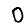
Digit: 0